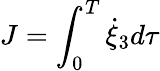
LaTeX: J=\int_{0}^{T}\dot{\xi}_{3}d\tau